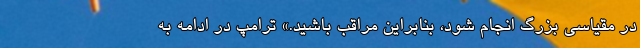
در مقیاسی بزرگ انجام شود، بنابراین مراقب باشید.» ترامپ در ادامه به